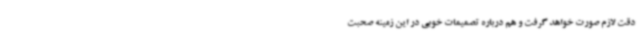
دقت لازم صورت خواهد گرفت و هم درباره تصمیمات خوبی در این زمینه صحبت